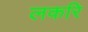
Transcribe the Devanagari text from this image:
लकरि